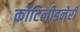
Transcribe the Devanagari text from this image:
कोटिलीडनेरी